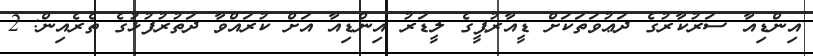
އިންޑިއާ ސަރުކާރުގެ ދަޢުވަތަކަށް ޑީއާރުޕީގެ ލީޑަރު އިންޑިއާ އަށް ކުރައްވާ ދަތުރުފުޅުގެ ތެރެއިން:	2